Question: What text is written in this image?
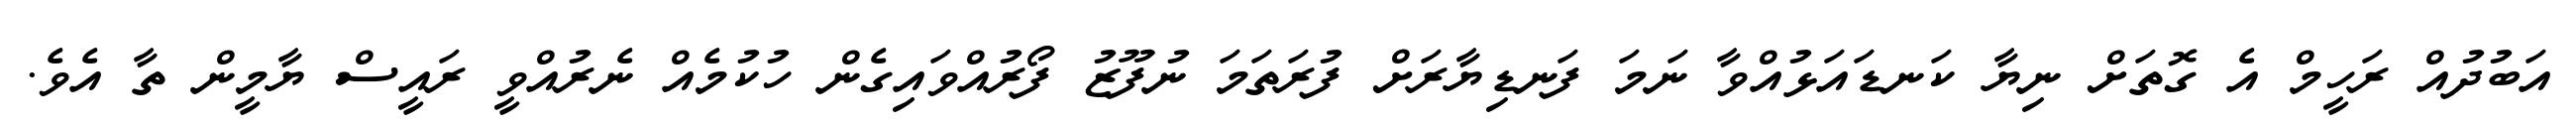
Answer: އަބުދުއް ރަހީމް އެ ގޮތަށް ނިޔާ ކަނޑައަޅުއްވާ ނަމަ ފަނޑިޔާރަށް ފުރަތަމަ ނުފޫޒު ފޯރުއްވައިގެން ހުކުމެއް ނެރުއްވީ ރައީސް ޔާމީން ތާ އެވެ.